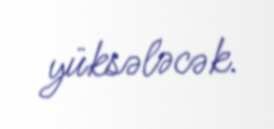
yüksələcək.